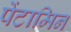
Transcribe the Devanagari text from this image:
पेंटामिन